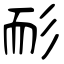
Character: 耏